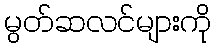
မွတ်ဆလင်များကို